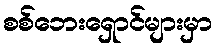
စစ်ဘေးရှောင်များမှာ